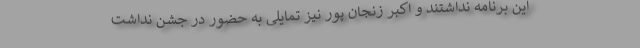
این برنامه نداشتند و اکبر زنجان پور نیز تمایلی به حضور در جشن نداشت